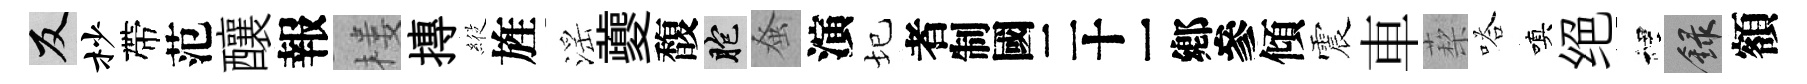
反杪帶范釀報楼摶𦂵旌滛夔馥胞𫊫演圮识傾震車蔾嗒嗔绝裡録額